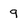
Character: 9